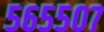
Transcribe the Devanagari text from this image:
५६५५०७